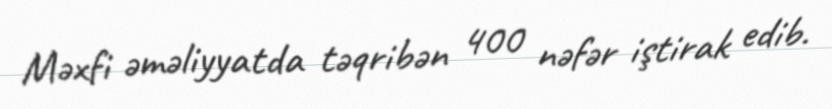
Məxfi əməliyyatda təqribən 400 nəfər iştirak edib.